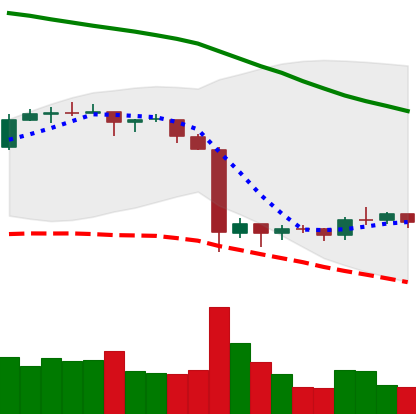
Ticker: EOS-USD
Chart end date: 2019-10-03
Forward return: 8.146%
Label: up_7plus